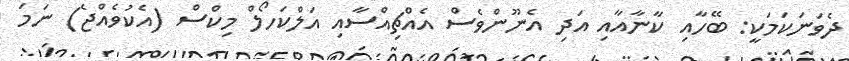
ދެވަނަކަމަކީ: ބޭހާއި ކާނާއާއި އަދި އެނޫންވެސް އެއްޗިއްސާއި އަލްކަހޯލް މިކްސް (އެކުވެއްޖެ) ނަމަ